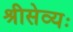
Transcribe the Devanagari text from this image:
श्रीसेव्यः